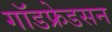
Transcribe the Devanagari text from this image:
गॉडफ्रेडसन